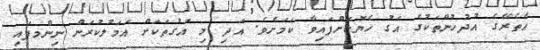
އެތެރޭގެ އުދުހުންތަކުގެ އަގު ހެޔޮކޮށްފައިވާ ކަމަށެވެ. އަދި މި އަގުތަކަށް އަމަލުކުރަން ނިންމފައި